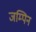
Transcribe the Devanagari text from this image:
जम्पिन